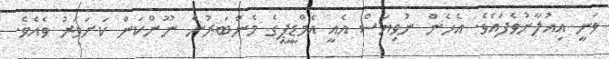
ވަނީ އިއުލާނުވެފައެވެ. އެހެން ނުވިޔަސް އެއީ އެމްޑީޕީގެ މެންބަރުން ނޫންކަން ކަށަވަރު ވެއެވެ.